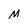
Character: M